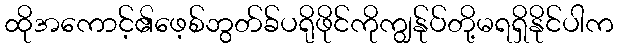
ထိုအကောင့်၏ဖေ့စ်ဘွတ်ခ်ပရိုဖိုင်ကိုကျွန်ုပ်တို့မရရှိနိုင်ပါက